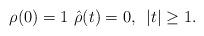
LaTeX: \begin{align*}\rho(0)=1 \, \, \Hat \rho(t)=0, \, \, \, |t|\ge 1.\end{align*}